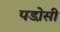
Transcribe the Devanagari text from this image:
पडो़सी